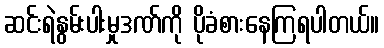
ဆင်းရဲနွမ်းပါးမှုဒဏ်ကို ပိုခံစားနေကြရပါတယ်။